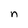
Character: n